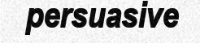
persuasive